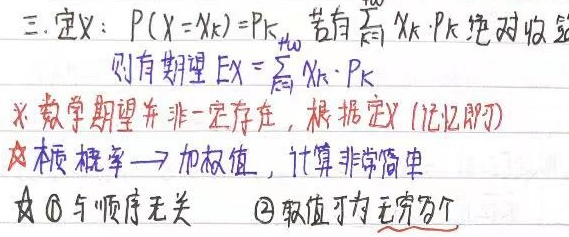
三. 定义：\(P(X = X_{k}) = P_{k}\)，若有\(\sum_{k = 1}^{+\infty} X_{k} \cdot P_{k}\)绝对收敛，则有期望\(EX=\sum_{k = 1}^{+\infty} X_{k} \cdot P_{k}\)。

※数学期望并非一定存在，根据定义（记忆即可）本质：概率→加权值，计算非常简单。
☆\textcircled{1}与顺序无关 \textcircled{2}取值可为无穷多个